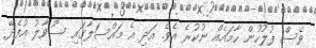
ވެސް ފުލުހުން ހާމައެއް ނުކުރެ އެވެ. އަދި އެ މައްސަލާގައި ސުވާލު އުފެދޭ